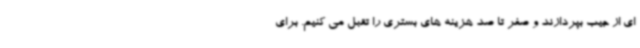
ای از جیب بپردازند و صفر تا صد هزینه های بستری را تقبل می کنیم. برای